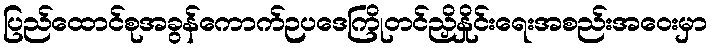
ပြည်ထောင်စုအခွန်ကောက်ဉပဒေကြိုတင်ညှိနှိုင်းရေးအစည်းအဝေးမှာ